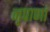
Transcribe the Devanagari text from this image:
नृपाणां